Civil Veterinary Dept. North-West Frontier Province 1901-22 - 1901-1922
Year: 1901
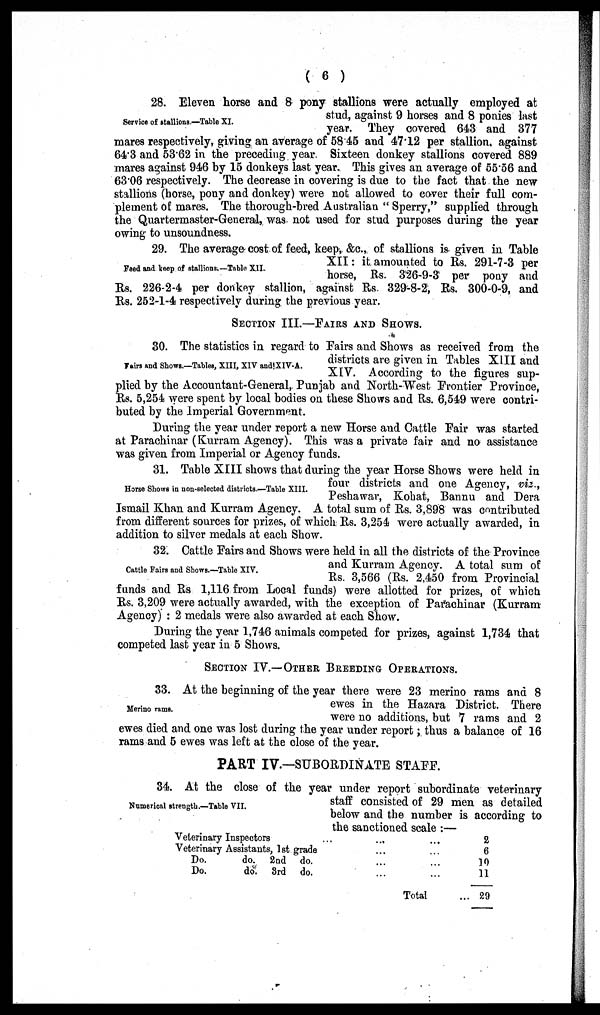
( 6 )
Service of stallions.—Table XI.
28. Eleven horse and 8 pony stallions were actually employed at
stud, against 9 horses and 8 ponies last
year. They covered 643 and 377
mares respectively, giving an average of 58.45 and 47.12 per stallion, against
64.3 and 53.62 in the preceding year. Sixteen donkey stallions covered 889
mares against 946 by 15 donkeys last year. This gives an average of 55.56 and
63.06 respectively. The decrease in covering is due to the fact that the new
stallions (horse, pony and donkey) were not allowed to cover their full com-
plement of mares. The thorough-bred Australian "Sperry," supplied through
the Quartermaster-General, was not used for stud purposes during the year
owing to unsoundness.
Feed and keep of stallions.—Table XII.
29. The average cost of feed, keep, &c., of stallions is given in Table
XII: it amounted to Rs. 291-7-3 per
horse, Rs. 326-9-3 per pony and
Rs. 226-2-4 per donkey stallion, against Rs. 329-8-2, Rs. 300-0-9, and
Rs. 252-1-4 respectively during the previous year.
SECTION III.—FAIRS AND SHOWS.
Fairs and Shows.—Tables, XIII, XIV and XIV-A.
30. The statistics in regard to Fairs and Shows as received from the
districts are given in Tables XIII and
XIV. According to the figures sup-
plied by the Accountant-General, Punjab and North-West Frontier Province,
Rs. 5,254 were spent by local bodies on these Shows and Rs. 6,549 were contri-
buted by the Imperial Government.
During the year under report a new Horse and Cattle Fair was started
at Parachinar (Kurram Agency). This was a private fair and no assistance
was given from Imperial or Agency funds.
Horse Shows in non-selected districts.—Table XIII.
31. Table XIII shows that during the year Horse Shows were held in
four districts and one Agency, viz.,
Peshawar, Kohat, Bannu and Dera
Ismail Khan and Kurram Agency. A total sum of Rs. 3,898 was contributed
from different sources for prizes, of which Rs. 3,254 were actually awarded, in
addition to silver medals at each Show.
Cattle Fairs and Shows.—Table XIV.
32. Cattle Fairs and Shows were held in all the districts of the Province
and Kurram Agency. A total sum of
Rs. 3,566 (Rs. 2,450 from Provincial
funds and Rs 1,116 from Local funds) were allotted for prizes, of which
Rs. 3,209 were actually awarded, with the exception of Parachinar (Kurram
Agency): 2 medals were also awarded at each Show.
During the year 1,746 animals competed for prizes, against 1,734 that
competed last year in 5 Shows.
SECTION IV.—OTHER BREEDING OPERATION.
Merino rams.
33. At the beginning of the year there were 23 merino rams and 8
ewes in the Hazara District. There
were no additions, but 7 rams and 2
ewes died and one was lost during the year under report; thus a balance of 16
rams and 5 ewes was left at the close of the year.
PART IV.—SUBORDINATE STAFF.
Numerical strength.—Table VII.
34. At the close of the year under report subordinate veterinary
staff consisted of 29 men as detailed
below and the number is according to
the sanctioned scale:—
Veterinary Inspectors......
Veterinary Assistants, 1st grade... ...
Do.
do. 2nd do.
Do.
do. 3rd do.
Total
2
6
19
11
... 29